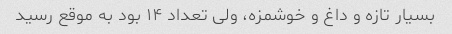
بسیار تازه و داغ و خوشمزه، ولی تعداد ۱۴ بود به موقع رسید